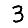
Digit: 3